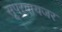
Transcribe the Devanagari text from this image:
सूपरवायजर